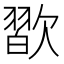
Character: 𣤊